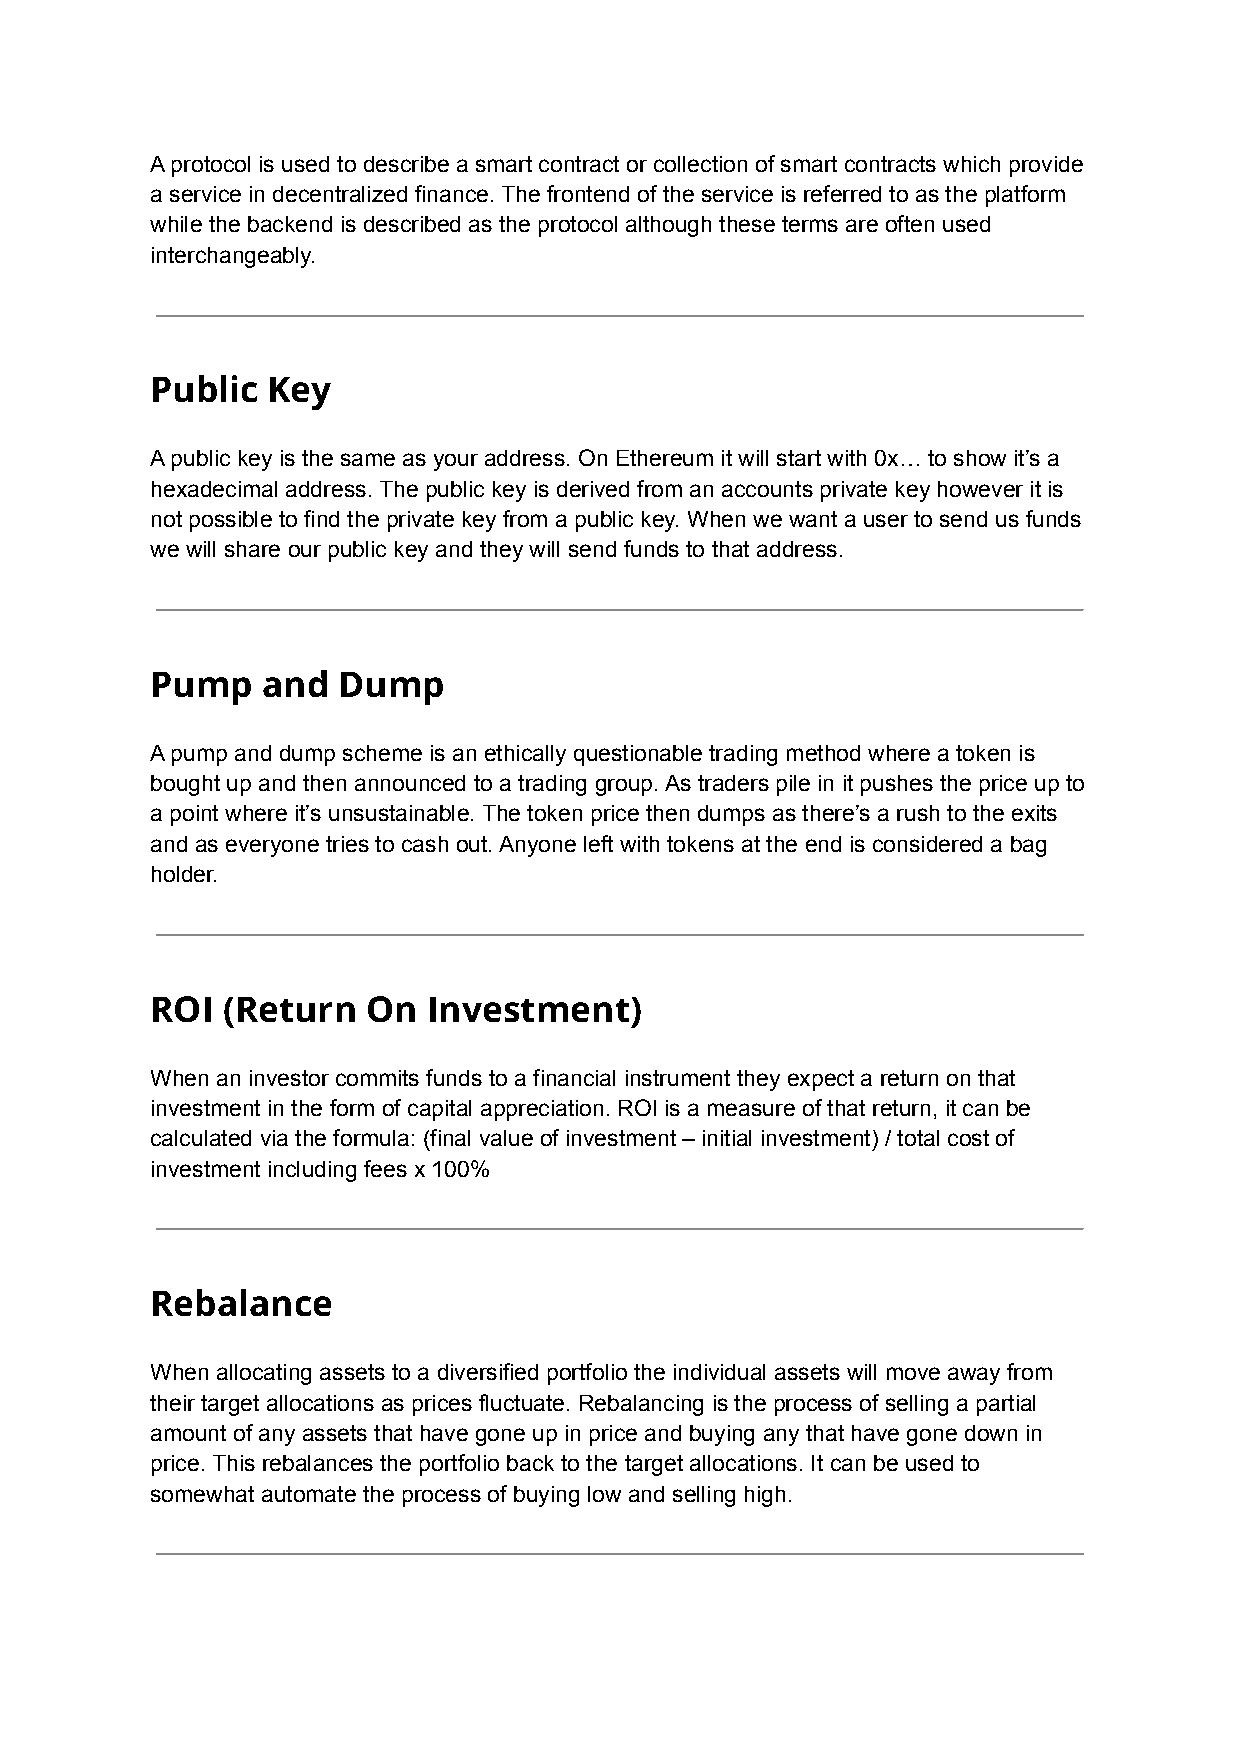
A protocol is used to describe a smart contract or collection of smart contracts which provide
 a service in decentralized finance. The frontend of the service is referred to as the platform
 while the backend is described as the protocol although these terms are often used
 interchangeably.
 Public  Key
 A public key is the same as your address. On Ethereum it will start with 0x… to show it’s a
 hexadecimal address. The public key is derived from an accounts private key however it is
 not possible to find the private key from a public key. When we want a user to send us funds
 we will share our public key and they will send funds to that address.
 Pump   and  Dump
 A pump and dump scheme is an ethically questionable trading method where a token is
 bought up and then announced to a trading group. As traders pile in it pushes the price up to
 a point where it’s unsustainable. The token price then dumps as there’s a rush to the exits
 and as everyone tries to cash out. Anyone left with tokens at the end is considered a bag
 holder.
 ROI  (Return  On  Investment)
 When an investor commits funds to a financial instrument they expect a return on that
 investment in the form of capital appreciation. ROI is a measure of that return, it can be
 calculated via the formula: (final value of investment – initial investment) / total cost of
 investment including fees x 100%
 Rebalance
 When allocating assets to a diversified portfolio the individual assets will move away from
 their target allocations as prices fluctuate. Rebalancing is the process of selling a partial
 amount of any assets that have gone up in price and buying any that have gone down in
 price. This rebalances the portfolio back to the target allocations. It can be used to
 somewhat automate the process of buying low and selling high.